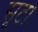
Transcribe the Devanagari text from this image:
सूट।